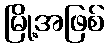
မြို့အဖြစ်